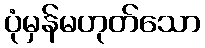
ပုံမှန်မဟုတ်သော